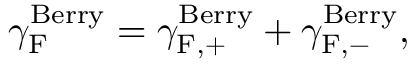
{ \gamma } _ { \mathrm { F } } ^ { \mathrm { B e r r y } } = { \gamma } _ { \mathrm { F , + } } ^ { \mathrm { B e r r y } } + { \gamma } _ { \mathrm { F , - } } ^ { \mathrm { B e r r y } } ,